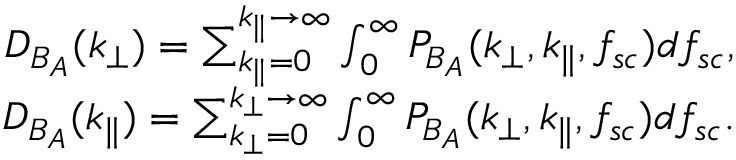
\begin{array} { r } { D _ { B _ { A } } ( k _ { \perp } ) = \sum _ { k _ { \parallel } = 0 } ^ { k _ { \parallel } \rightarrow \infty } \int _ { 0 } ^ { \infty } P _ { B _ { A } } ( k _ { \perp } , k _ { \parallel } , f _ { s c } ) d f _ { s c } , } \\ { D _ { B _ { A } } ( k _ { \parallel } ) = \sum _ { k _ { \perp } = 0 } ^ { k _ { \perp } \rightarrow \infty } \int _ { 0 } ^ { \infty } P _ { B _ { A } } ( k _ { \perp } , k _ { \parallel } , f _ { s c } ) d f _ { s c } . } \end{array}